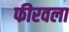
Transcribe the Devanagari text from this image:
फीरवला